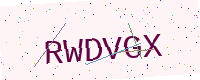
Text: RWDVGX